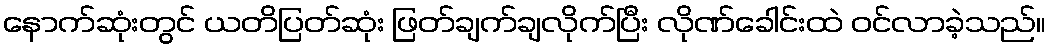
နောက်ဆုံးတွင် ယတိပြတ်ဆုံး ဖြတ်ချက်ချလိုက်ပြီး လိုဏ်ခေါင်းထဲ ဝင်လာခဲ့သည်။